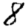
Digit: 8